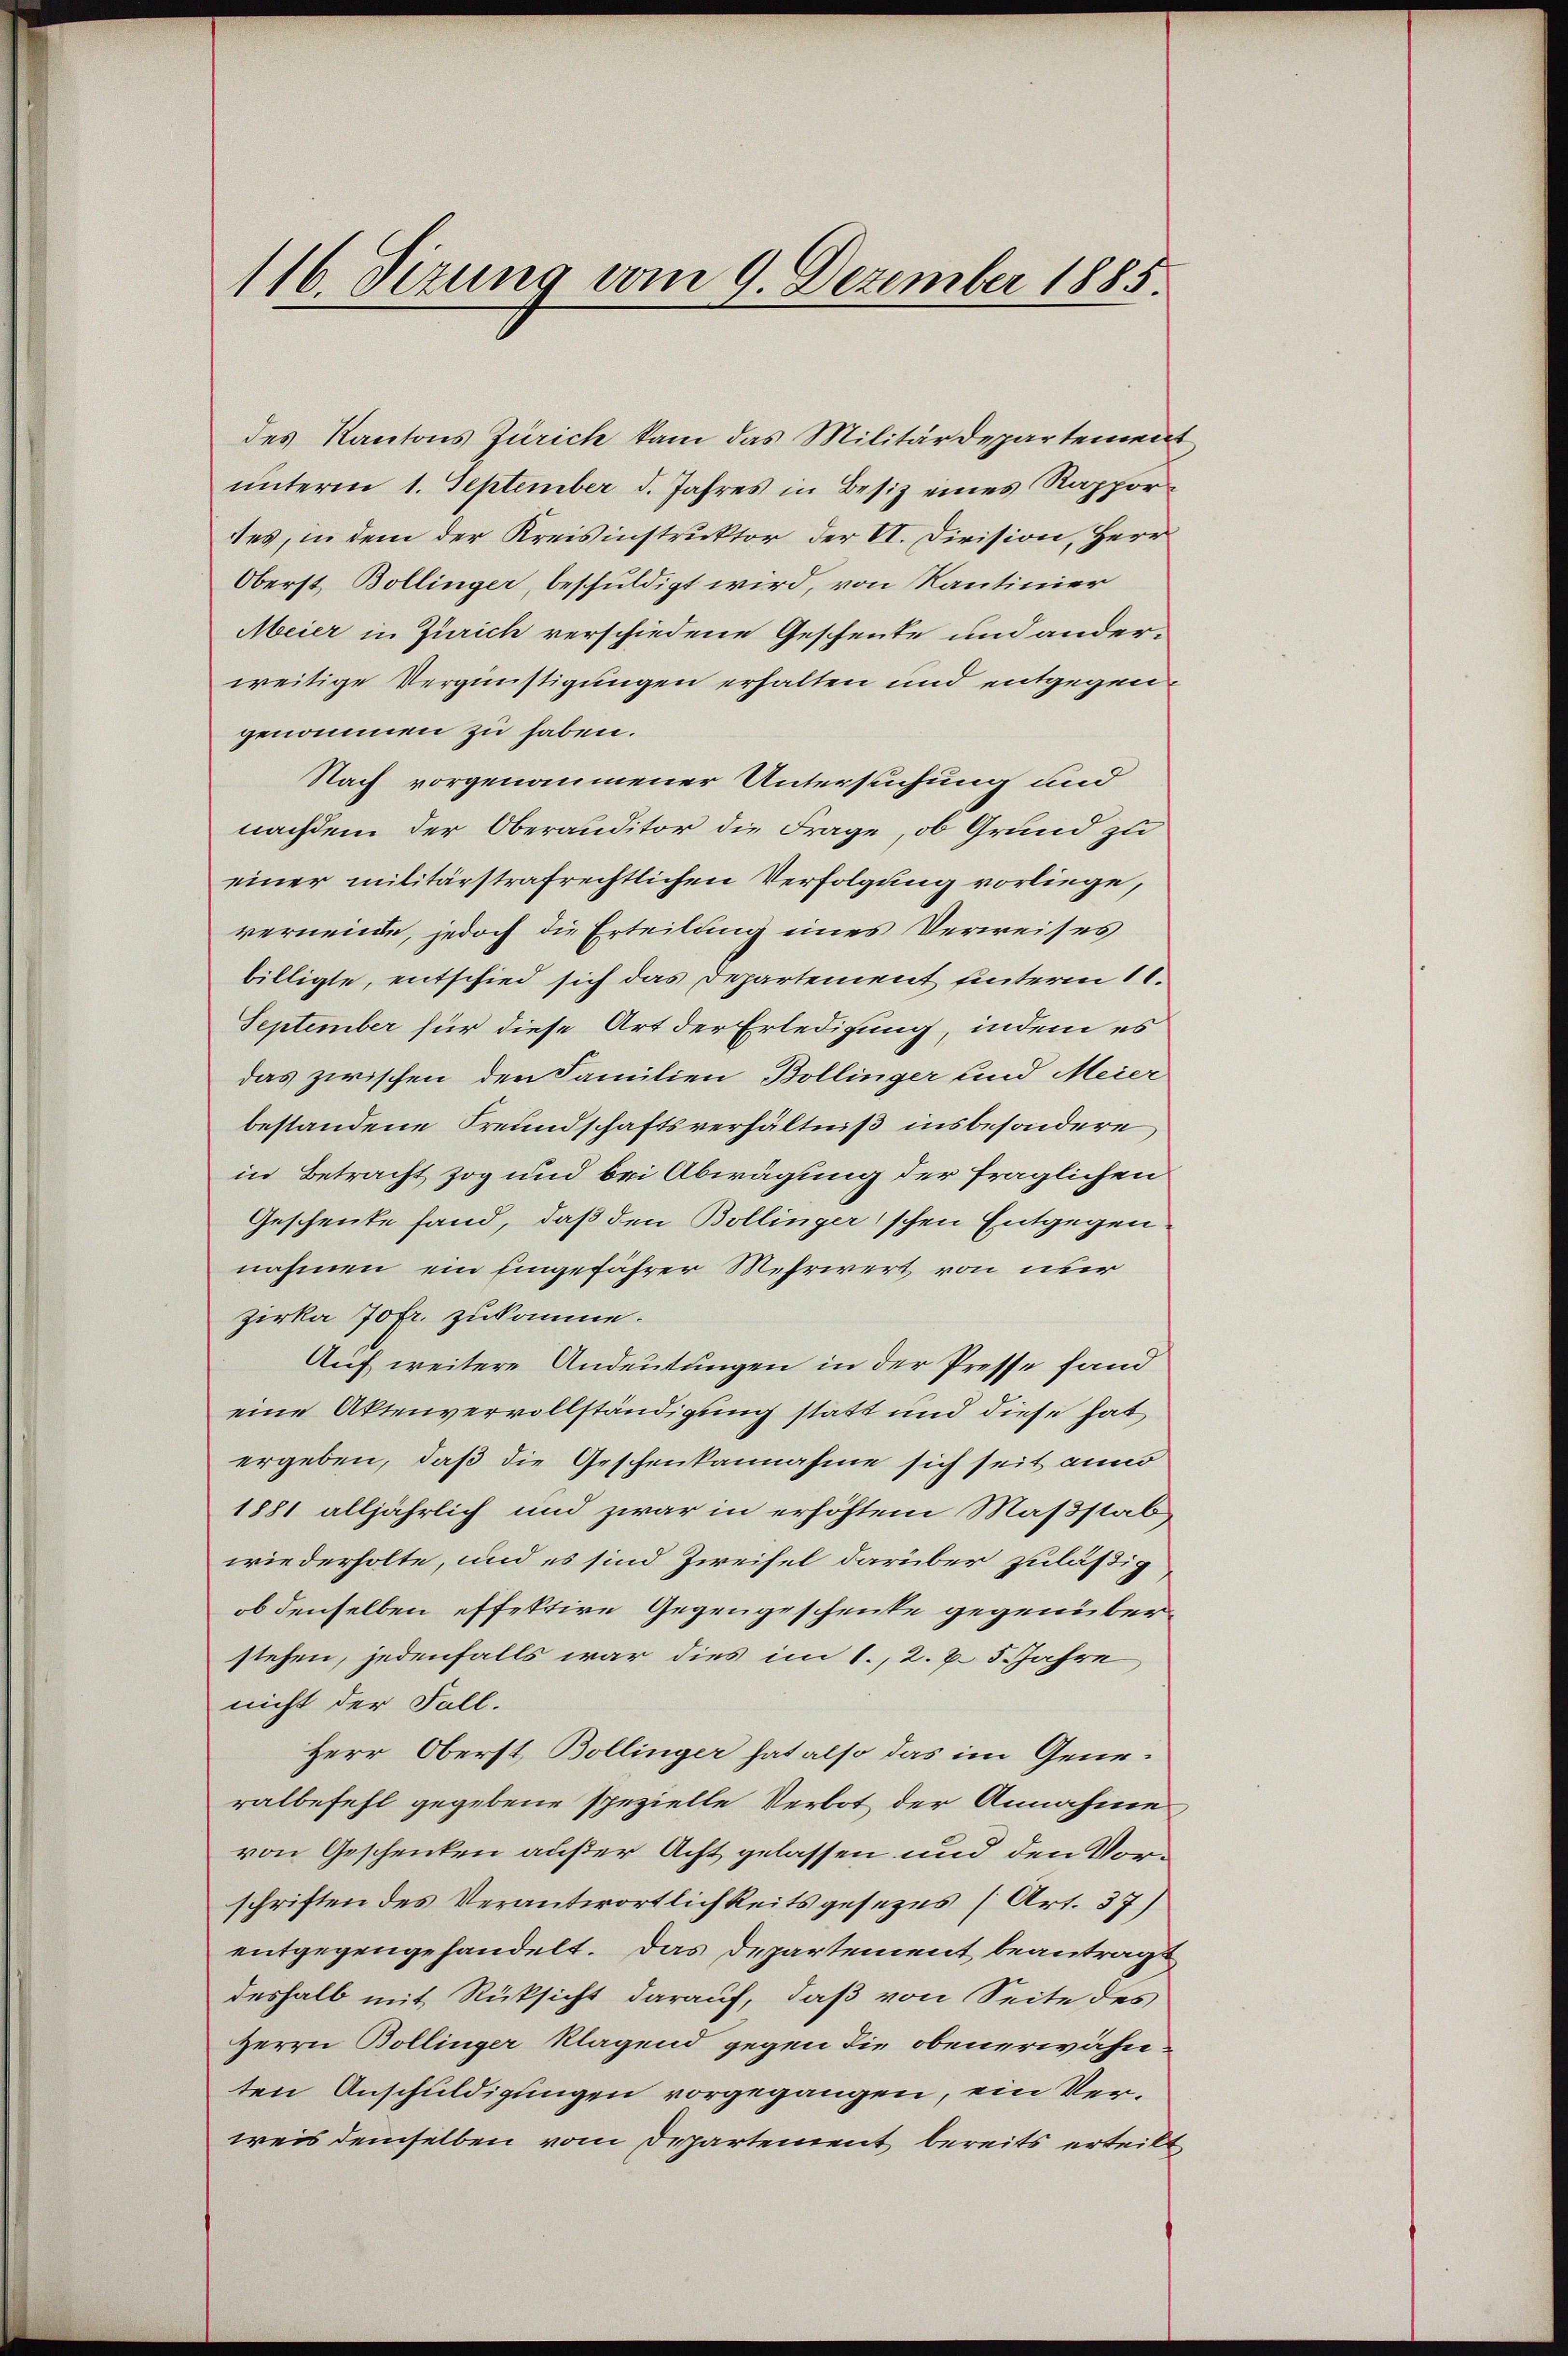
116. Dezung vom 9. Dezember 1885.

des Kantons Zürich kam das Militärdepartemen
unterm 1. September d. Jahres in Besiz eines Rapportes, in dem der Kreisinstruktor der VI. Division, Herr
Oberst Bollinger, beschuldigt wird, von Kantinier
Meier in Zürich verschiedene Geschenke und anderweitige Vergünstigungen erhalten und entgegengenommen zu haben.
Nach vorgenommener Untersuchung und
nachdem der Oberanditor die Frage, ob Grund zu
einer militärstrafrechtlichen Verfolgung vorliege,
vernende, jedoch die Erteilung eines Verweises
billigte, entschied sich das Departement unterm 10.
September für diese Art der Erledigung, indem es
das zwischen den Familien Bollinger und Meier
bestandene Freundschaftsverhältniß insbesondere
in Betracht zog und bei Abwägung der fraglichen
Geschenke fand, daß den Bollinger'schen Entgegen
nahmen ein Eingefährer Mehrwert von über
zirka Jofr. zukomme.
Auf weitere Andeutungen in der Presse fand
eine Aktenvervollständigung statt und diese hab
ergeben, daß die Geschenkannahme sich seit anno
1881 alljährlich und zwar in erhöhtem Maßstab
wiederholte, und es sind Zweifel darüber zuläßig
ob denselben effektive Gegengeschenke gegenüberstehen, jedenfalls war dies im 1., 2. v. 5. Jahre
nicht der Fall.
Herr Oberst, Bollinger hat also das im Generalbefehl gegebene spezielle Verbot der Annahme
von Geschenken außer Acht gelassen und den Vorschriften des Verantwortlichkeitsgesezes (Art. 37)
entgegengehandelt. Das Departement beantragt
deshalb mit Rücksicht darauf, daß von Seite des
Herrn Bollinger Klagend gegen die obenerwähn
ten Anschuldigungen vorgegangen, ein Verweis demselben vom Departement bereits erteilt